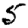
Digit: 5